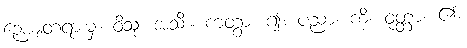
ဉေယျတရားမှ။ ဝိသုံ၊ အသီး။ ကတွာ၊ ၍။ ပညာ၊ ကို။ ဝုတ္တာ၊ ၏။